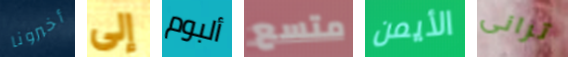
أخبرونا إلى ألبوم متسع الأيمن ترانى